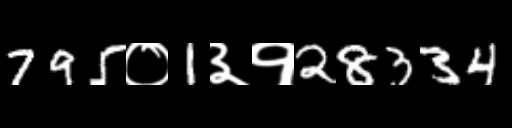
Text: 795०1३१28334